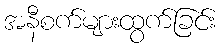
အနီစက်များထွက်ခြင်း